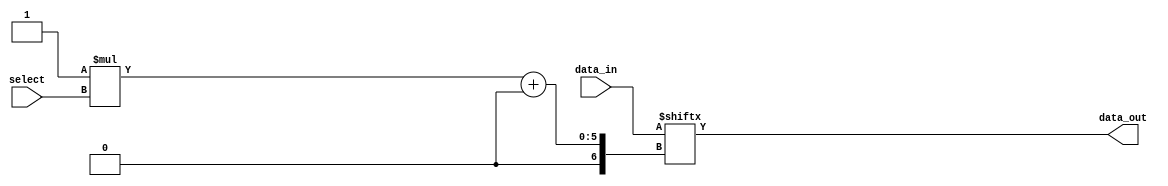
//============================================================================//
//                                                                            //
//      Parameterise Multiplexer                                              //
//                                                                            //
//      Module name: mux                                                      //
//      Desc: parameterized mutiplexer, selects one of X inputs               //
//      Developer: Rurik Primiani & Wesley New                                //
//      Licence: GNU General Public License ver 3                             //
//      Notes: Developed from a combiniation of mux implmentations            //
//                                                                            //
//============================================================================//

module mux #(
      //=================
      // Mux parameters
      //=================
      parameter SELECT_LINES = 4,             // number of inputs into mux, must be a power of 2.
      parameter DATA_WIDTH   = 1              // the width of the output data
   ) (
      //==============
      // Input Ports
      //==============
      input wire [SELECT_LINES-1:0]                 select,
      input wire [DATA_WIDTH*(2**SELECT_LINES)-1:0] data_in,

      //===============
      // Output Ports
      //===============
      output reg [DATA_WIDTH-1:0] data_out
   );

   //==================
   // Local variables
   //==================
   integer i,j;
   
   //====================
   // Multiplexor logic 
   //====================
   always @(select or data_in) begin
      j = select;
      for (i = 0; i < DATA_WIDTH; i = i +1) begin
         data_out[i] = data_in[DATA_WIDTH * j + i];
      end
   end
endmodule